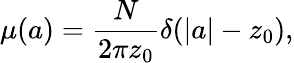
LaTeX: \mu(a)=\frac{N}{2\pi z_{0}}\delta(|a|-z_{0}),